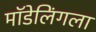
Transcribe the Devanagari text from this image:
मॉडेलिंगला